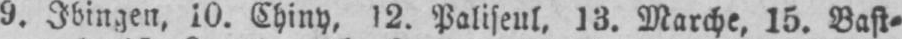
9. Ibingen, 10. Chiny, 12. Paliseul, 13. Marche, 15. Bast⸗